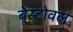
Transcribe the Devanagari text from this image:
बेस्टोवल